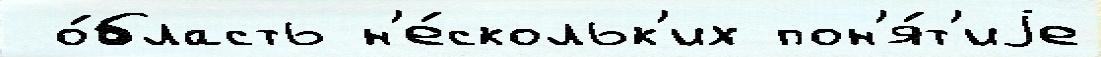
 о́бласть н'е́скольк'их пон'я́т'иjе